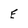
Character: E